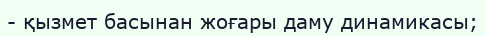
- қызмет басынан жоғары даму динамикасы;